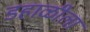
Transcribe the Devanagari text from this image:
डहाळीला